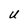
Character: U